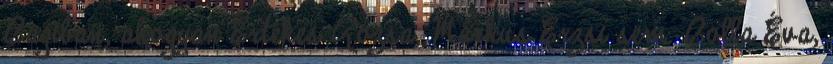
Bagiban, ahogyan Értékes Rózsa, Márkus Erzsi sem. Bolla Éva,